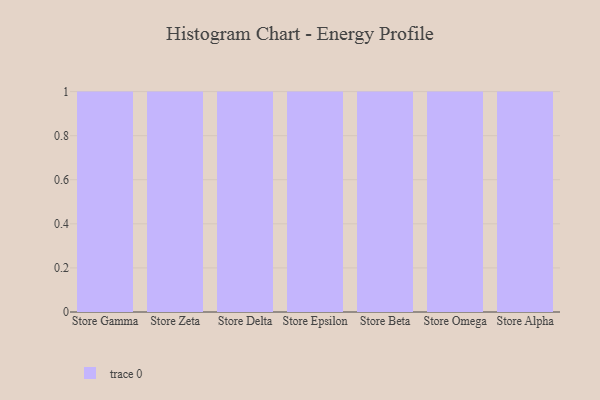
{"axis": {"x": "Store", "y": "Inventory Turnover"}, "legend": [""], "data": [{"x": "Store Gamma", "y": 20, "type": ""}, {"x": "Store Zeta", "y": 63, "type": ""}, {"x": "Store Delta", "y": 67, "type": ""}, {"x": "Store Epsilon", "y": 58, "type": ""}, {"x": "Store Beta", "y": 42, "type": ""}, {"x": "Store Omega", "y": 69, "type": ""}, {"x": "Store Alpha", "y": 19, "type": ""}]}